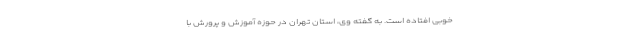
خوبی افتاده است. به گفته وی، استان تهران در حوزه آموزش و پرورش با